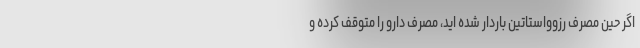
اگر حین مصرف رزوواستاتین باردار شده اید، مصرف دارو را متوقف کرده و